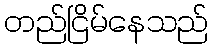
တည်ငြိမ်နေသည်